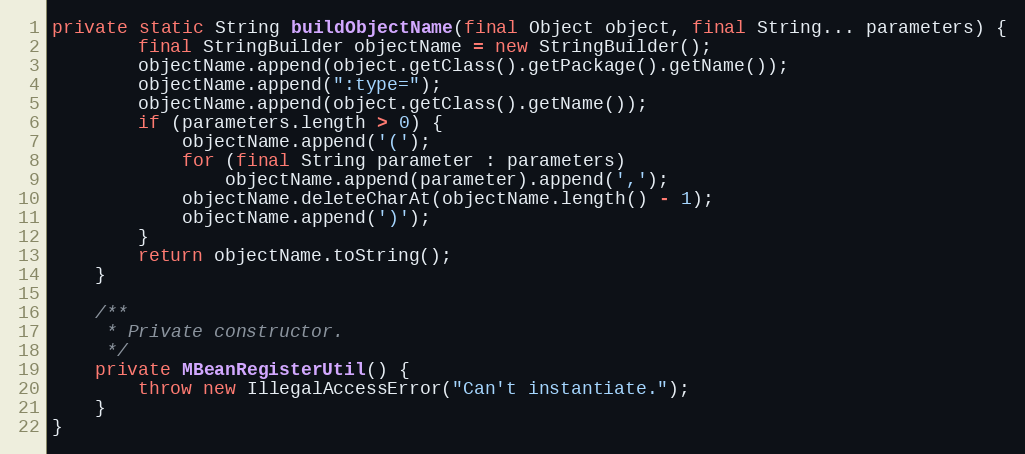
Language: Java
private static String buildObjectName(final Object object, final String... parameters) {
		final StringBuilder objectName = new StringBuilder();
		objectName.append(object.getClass().getPackage().getName());
		objectName.append(":type=");
		objectName.append(object.getClass().getName());
		if (parameters.length > 0) {
			objectName.append('(');
			for (final String parameter : parameters)
				objectName.append(parameter).append(',');
			objectName.deleteCharAt(objectName.length() - 1);
			objectName.append(')');
		}
		return objectName.toString();
	}

	/**
	 * Private constructor.
	 */
	private MBeanRegisterUtil() {
		throw new IllegalAccessError("Can't instantiate.");
	}
}